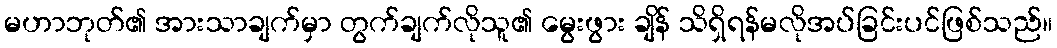
မဟာဘုတ်၏ အားသာချက်မှာ တွက်ချက်လိုသူ၏ မွေးဖွား ချိန် သိရှိရန်မလိုအပ်ခြင်းပင်ဖြစ်သည်။